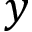
y